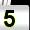
Digit: 5